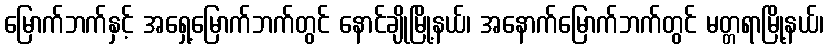
မြောက်ဘက်နှင့် အရှေ့မြောက်ဘက်တွင် နောင်ချိုမြို့နယ်၊ အနောက်မြောက်ဘက်တွင် မတ္တရာမြို့နယ်၊